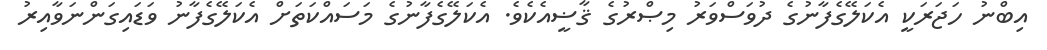
އިބްނު ހަޖަރަކީ އެކަލޭގެފާނުގެ ދުވަސްވަރު މިޞްރުގެ ޤާޟީއެކެވެ. އެކަލޭގެފާނުގެ މަސައްކަތަށް އެކަލޭގެފާނު ވަޑައިގަންނަވާއިރު